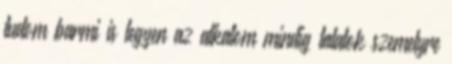
tudom barmi is legyen az alkalom mindig talalok szemelyre